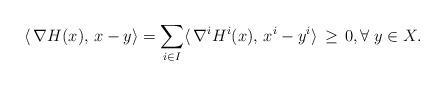
LaTeX: \begin{align*}\langle \,\nabla {H}(x),\,x-y\rangle = \sum_{i\in I} \langle \,\nabla^i {H^i}(x),\,x^i-y^i\rangle \,\geq\,0,\forall\; y\in X.\end{align*}